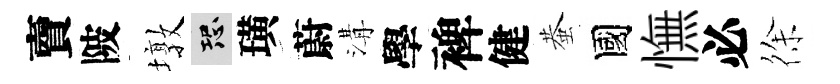
𧶠陂墩恐璜蔚溝學裨健蛬國憮必徐